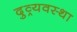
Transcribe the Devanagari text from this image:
दुव्र्यवस्था